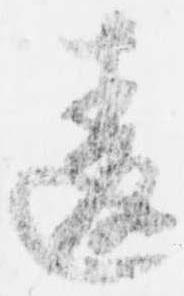
違